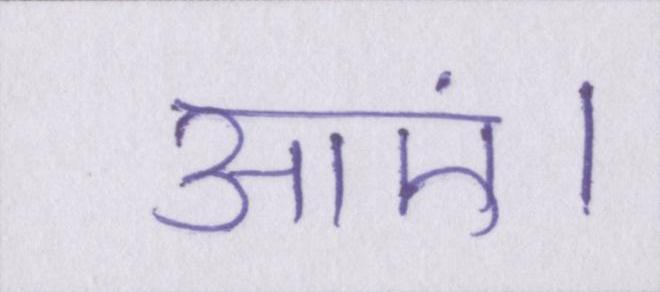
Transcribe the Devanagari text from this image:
आएं।